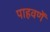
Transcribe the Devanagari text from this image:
पाहवणें